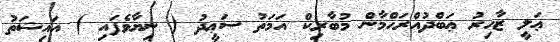
ޢަލީ ޒާހިރު ޢަބްދުއްރަޙްމާން މުބާރިކް އަމަތު ސަޢީދު ( ނިޔާވެފައި ) އައިޝަތު